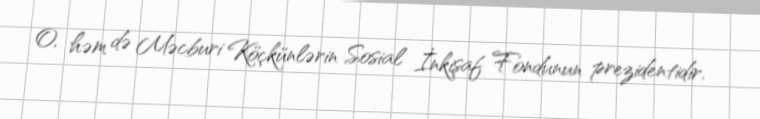
O, həm də Məcburi Köçkünlərin Sosial İnkişaf Fondunun prezidentidir.